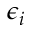
\epsilon _ { i }